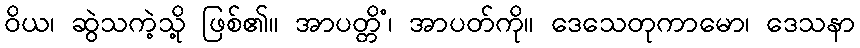
ဝိယ၊ ဆွဲသကဲ့သို့ ဖြစ်၏။ အာပတ္တိံ၊ အာပတ်ကို။ ဒေသေတုကာမော၊ ဒေသနာ